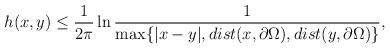
LaTeX: \begin{align*}h(x,y) \leq \frac{1}{2\pi}\ln \frac{1}{\max \{ |x-y|, dist(x,\partial \Omega),dist(y,\partial \Omega) \} },\end{align*}